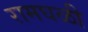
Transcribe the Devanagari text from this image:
रामघळी